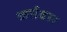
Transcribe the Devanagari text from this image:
कर्तबार